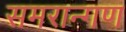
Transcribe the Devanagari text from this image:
समरान्गण